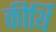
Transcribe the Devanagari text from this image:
कीर्थि